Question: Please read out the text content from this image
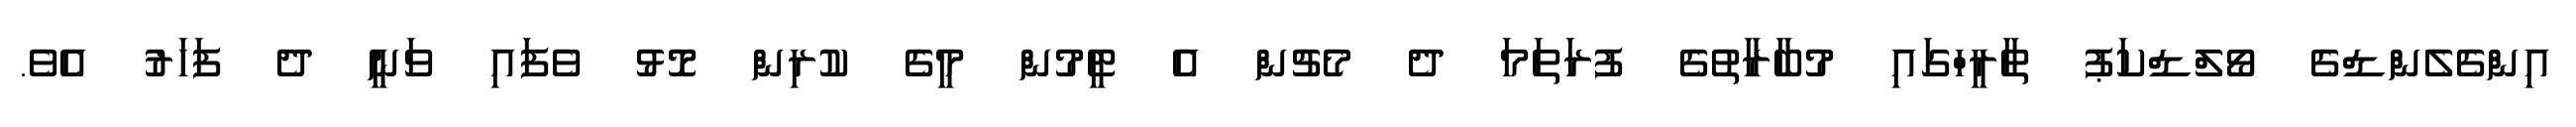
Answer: އިންގެލެންޑްގެ ވޯލްޑްކަޕު ތާރީހްގައި މުބާރާތުގެ ފުރަތަމަ ދެ މެޗުން އެ ޓީމުން މީގެ ކުރިން މޮޅު ވެފައި ވަނީ ދެ ފަހަރު އެވެ.